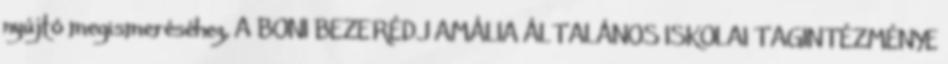
nyújtó megismeréséhez, A BONI BEZERÉDJ AMÁLIA ÁLTALÁNOS ISKOLAI TAGINTÉZMÉNYE